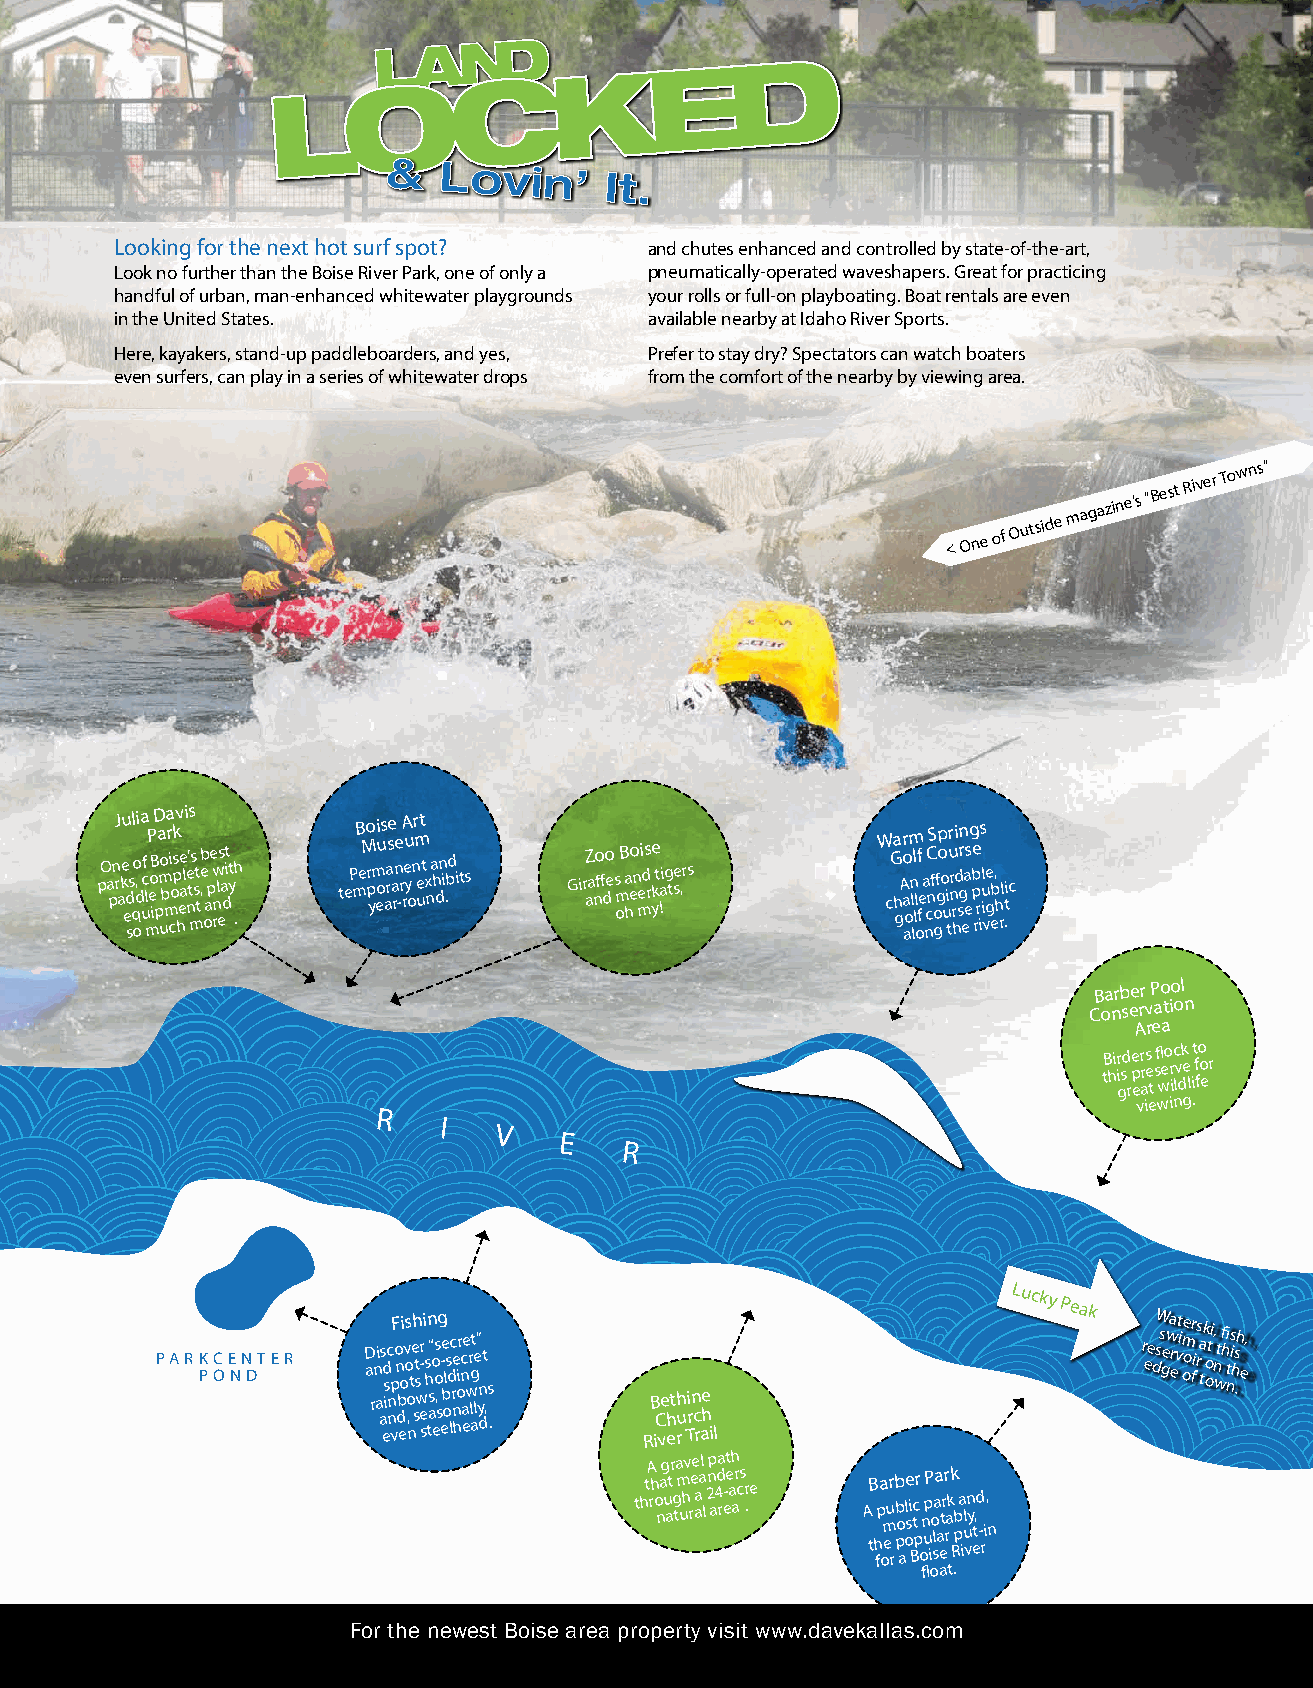
Looking for the next hot surf spot? and chutes enhanced and controlled by state-of-the-art,
 Look no further than the Boise River Park, one of only a pneumatically-operated waveshapers. Great for practicing
 handful of urban, man-enhanced whitewater playgrounds your rolls or full-on playboating. Boat rentals are even
 in the United States.              available nearby at Idaho River Sports.
 Here, kayakers, stand-up paddleboarders, and yes, Prefer to stay dry? Spectators can watch boaters
 even surfers, can play in a series of whitewater drops from the comfort of the nearby by viewing area.
 <
 One of
 Outside
 magazine’s
 “Best
 River
 Towns”
 pO a pnJ r akeu ed ss l q oo , di a u cf l
 m
 P eo iBD p a m uo b ma r ci opskv hee ali e nt’s ms st t ,eb
 o
 ap e w rnl es a dit t y .h teP mB eMo r p ym ei ous arase a rne - rA reu y on r m e ut t x n a h dn i .bd i ts GirZ aa no ff do e s om B a heo n mei ds r yke t !aig tse ,rs W cGa h gAr o a aom n l ll ll of fe a ncC nS ff o ggp o o u i tr u r n r hi d srn g ea es g pbe rr is u il vge b e, h rl .tic
 Barber Pool
 Conservation
 Area
 tB hir i gsd
 r
 pe er ars e
 t
 sfl weo r ic lv dk e
 l
 it f fo o er
 viewing.
 R
 I
 V
 E
 R
 PPAARRKK PPCC OONEE NNN DDTTEERR D a rn ai as ed s ic nnp vF o n db eoi v os ,o nt eh st s w e-r
 s
 i s h tn as“ o eos , sg e-e b ols d lc r ne hoir nc
 a
 ee wr lg at le” yn
 d
 t ,s
 .
 RB
 iC
 ve
 h
 eth
 ru
 Ti rn
 c
 rahe
 i l
 Lucky
 Peak
 r ee dsW s gewa r evt i m oe or fi r s a t k o oti n w, t hfi nts i hs .h e,
 thtA rh
 o n
 ag
 u
 atr
 g
 ta m uhv re e aaal
 l
 2np a4da re-t e ah ar cs r .e
 A
 tB
 h
 fpa
 om
 eur
 r
 b
 pb o
 aole
 s i Btc
 pr
 o
 n
 upP
 io l
 saa
 a
 etrr
 rak
 k
 Rpb a iul vn y et,d - ri, n
 float.
 For the newest Boise area property visit www.davekallas.com